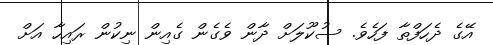
އޭގެ ދެހަފްތާ ފަހެވެ. ސުކޫލަށް ދާން ވެގެން ގެއިން ނިކުން ރައިހާ އަށް